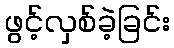
ဖွင့်လှစ်ခဲ့ခြင်း